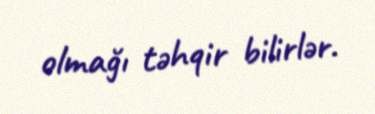
olmağı təhqir bilirlər.